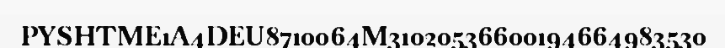
PYSHTME1A4DEU8710064M31020536600194664983530